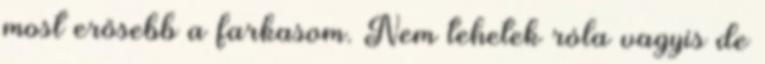
most erősebb a farkasom. Nem tehetek róla vagyis de